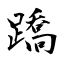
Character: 蹻